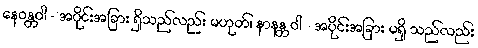
နေဝန္တဝါ - အပိုင်းအခြား ရှိသည်လည်း မဟုတ်၊ နာနန္တ ဝါ - အပိုင်းအခြား မရှိ သည်လည်း